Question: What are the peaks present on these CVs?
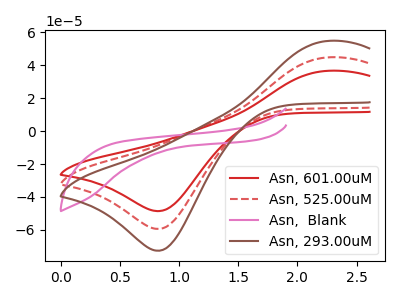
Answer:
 <answer>The red curve "Asn, 601.00uM" has an anodic peak at (2.25V, 36.65uA) and a cathodic peak at (0.85V, -48.60uA). The red dashed curve "Asn, 525.00uM" has an anodic peak at (2.25V, 44.85uA) and a cathodic peak at (0.85V, -59.45uA). The pink curve "Asn,  Blank" has no peaks. The brown curve "Asn, 293.00uM" has an anodic peak at (2.25V, 89.65uA) and a cathodic peak at (0.85V, -118.90uA).</answer>
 <eval></eval>